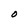
Character: O